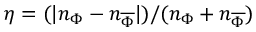
\eta = ( | n _ { \Phi } - n _ { \overline { { \Phi } } } | ) / ( n _ { \Phi } + n _ { \overline { { \Phi } } } )